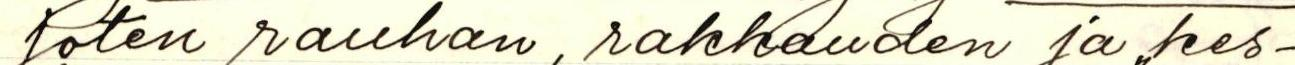
joten rauhan, rakkauden ja ,,kes-